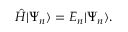
\begin{array} { r } { \hat { H } \ensuremath { \vert \Psi _ { n } \rangle } = E _ { n } \ensuremath { \vert \Psi _ { n } \rangle } . } \end{array}